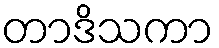
တာဒိသကာ